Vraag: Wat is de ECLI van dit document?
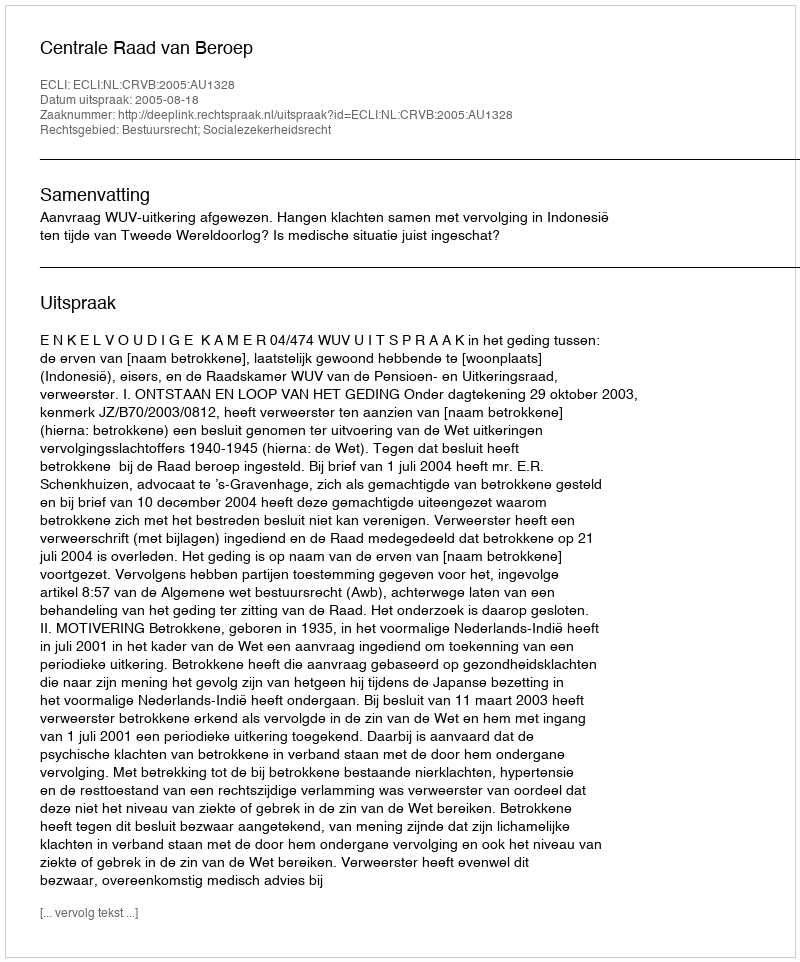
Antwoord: ECLI:NL:CRVB:2005:AU1328